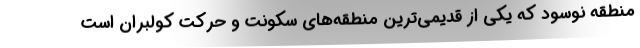
منطقه نوسود كه يكي از قديمي‌ترين منطقه‌هاي سكونت و حركت كولبران است